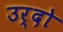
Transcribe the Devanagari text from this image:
उर्दो